Lunatic asylums Burma 1907-21 - 1907-1921
Year: 1907
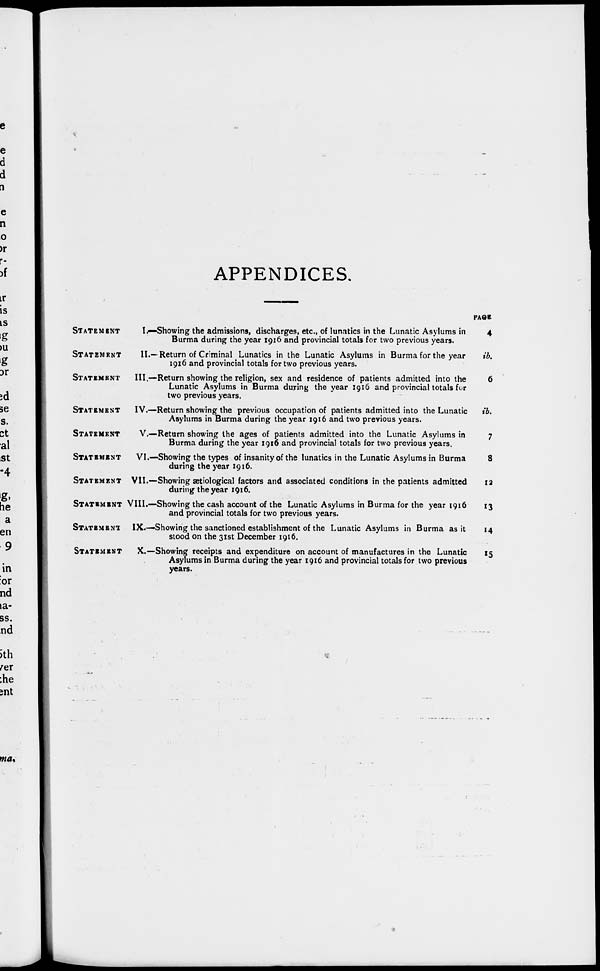
APPENDICES.
STATEMENT
I.—Showing the admissions, discharges, etc., of lunatics in the Lunatic Asylums in
Burma during the year 1916 and provincial totals for two previous years.
STATEMENT
II.—Return of Criminal Lunatics in the Lunatic Asylums in Burma for the year
1916 and provincial totals for two previous years.
STATEMENT III.—Return showing the religion, sex and residence of patients admitted into the
Lunatic Asylums in Burma during the year 1916 and provincial totals for
two previous years.
STATEMENT IV.—Return showing the previous occupation of patients admitted into the Lunatic
Asylums in Burma during the year 1916 and two previous years.
STATEMENT V.—Return showing the ages of patients admitted into the Lunatic Asylums in
Burma during the year 1910 and provincial totals for two previous years.
STATEMENT VI.—Showing the types of insanity of the lunatics in the Lunatic Asylums in Burma
during the year 1916.
STATEMENT VII.—Showing ætiological factors and associated conditions in the patients admitted
during the year 1916.
STATEMENT VIII.—Showing the cash account of the Lunatic Asylums in Burma for the year 1916
and provincial totals for two previous years.
STATEMENT IX.—Showing the sanctioned establishment of the Lunatic Asylums in Burma as it
stood on the 31st December 1916.
STATEMENT X.—Showing receipts and expenditure on account of manufactures in the Lunatic
Asylums in Burma during the year 1916 and provincial totals for two previous
years.
PAGE
4
ib.
6
ib.
7
8
12
13
14
15